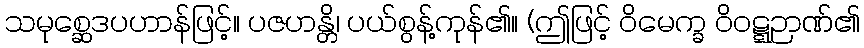
သမုစ္ဆေဒပဟာန်ဖြင့်။ ပဇဟန္တိ၊ ပယ်စွန့်ကုန်၏။ (ဤဖြင့် ဝိမေက္ခ ဝိဝဋ္ဋဉာဏ်၏